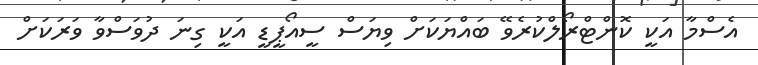
އެސްމާ އަކީ ކޮންޓްރޯލްކުރެވޭ ބައްޔަކަށް ވިޔަސް ސީއޯޕީޑީ އަކީ ގިނަ ދުވަސްވާ ވަރަކަށް